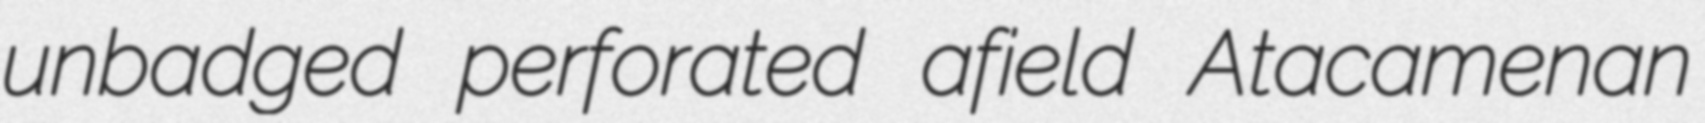
unbadged perforated afield Atacamenan